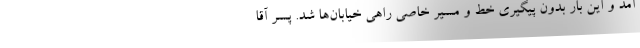
آمد و اين ‌بار بدون پيگيري خط و مسير خاصي راهي خيابان‌ها شد. پسر آقا